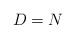
LaTeX: \begin{align*} D = N\end{align*}